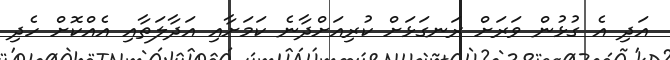
އަދި އެ ގުޅުން ވަރަށް ރަނގަޅަށް ކުރިއަށްދާނެ ކަމަށާއި އަދާލަތާއި އެއްކޮށް ހެދި